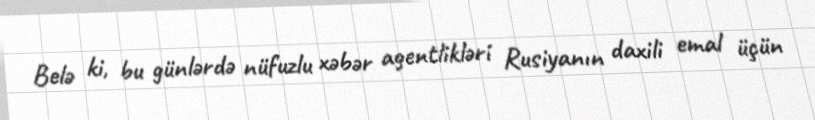
Belə ki, bu günlərdə nüfuzlu xəbər agentlikləri Rusiyanın daxili emal üçün